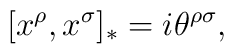
[x^{\rho},x^{\sigma}]_{*}=i\theta^{\rho\sigma},